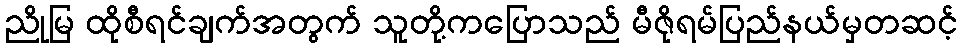
ညိုမြ ထိုစီရင်ချက်အတွက် သူတို့ကပြောသည် မီဇိုရမ်ပြည်နယ်မှတဆင့်